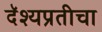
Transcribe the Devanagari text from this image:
दॅश्यप्रतीचा